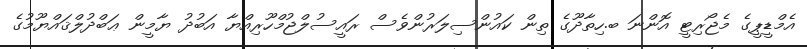
އެމްޑީޕީގެ މެޖޯރިޓީ އޮންނަ ބ.ހިތާދޫގެ ތިން ކައުންސިލަރުންވެސް ރައީސުލްޖުމްހޫރިއްޔާ އަބުދު ޔާމީން ޢަބްދުލްޤައްޔޫމުގެ